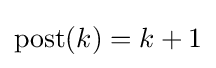
\operatorname {post} (k)=k+1